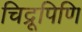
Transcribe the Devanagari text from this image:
चिद्रूपिणि